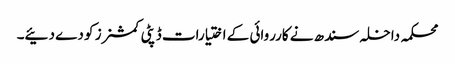
محکمہ داخلہ سندھ نے کارروائی کے اختیارات ڈپٹی کمشنرز کو دے دئیے۔